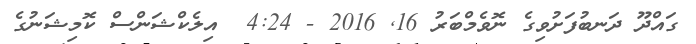
ގައްދޫ ދަނބުފަށުވިގެ ނޮވެމްބަރު 16